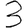
Digit: 3